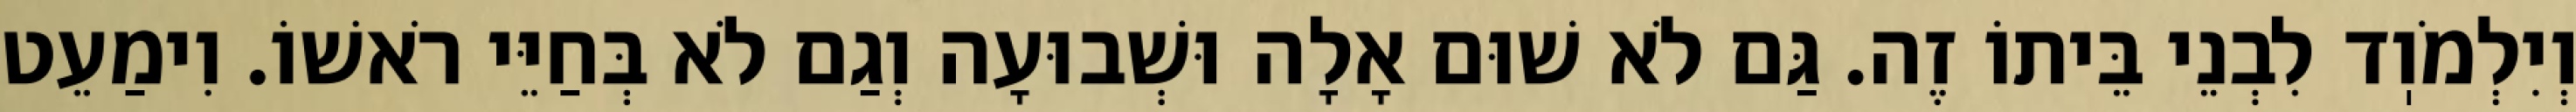
וְיִלְמֹוֽד לִבְנֵי בֵּיתוֹ זֶה. גַּם לֹא שׁוּם אָלָה וּשְׁבוּעָה וְגַם לֹא בְּחַיֵּי רֹאשׁוֹ. וִימַעֵט